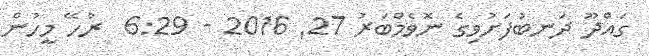
ގައްދޫ ދަނބުފަށުވިގެ ނޮވެމްބަރު 27